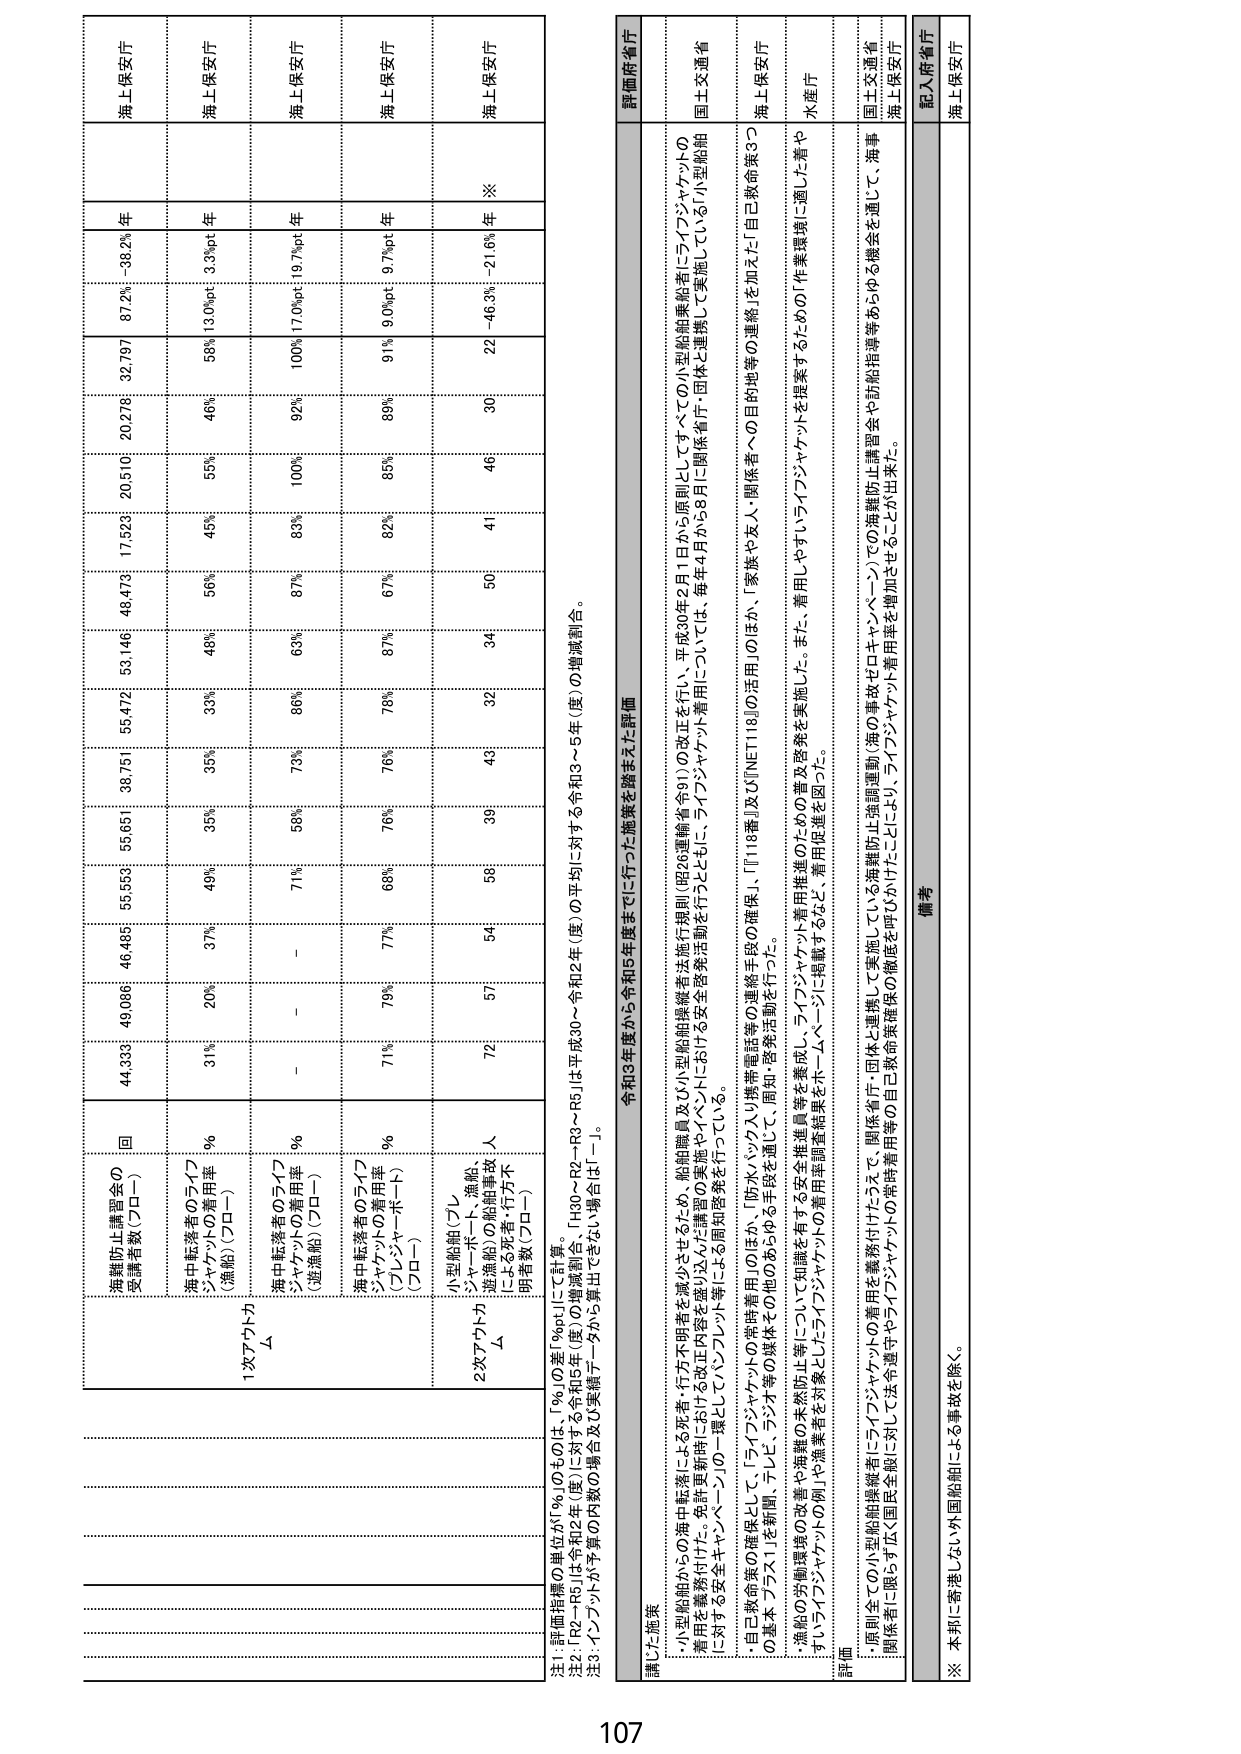
海上保安庁
海上保安庁
海上保安庁
海上保安庁
海上保安庁

海難防止講習会の
受講者数（プロー）
回
44,339
49,086
46,485
55,559
55,651
38,751
55,472
53,146
48,473
17,523
20,510
20,278
32,797
87.2%
-38.2%
年

海中転落者のライフ
ジャケットの着用率
%
（漁船）（プロー）
31%
20%
37%
49%
35%
35%
33%
48%
56%
45%
55%
46%
58%
13.0%pt
3.3%pt
年

1次アケルト
Δ
海中転落者のライフ
ジャケットの着用率
%
（遊漁船）（プロー）
-
-
71%
58%
73%
86%
63%
87%
83%
100%
92%
100%
17.0%pt
19.7%pt
年

海中転落者のライフ
ジャケットの着用率
%
（プレジャーボート）
（プロー）
71%
79%
77%
68%
76%
78%
87%
67%
82%
85%
89%
91%
9.0%pt
8.7%pt
年

2次アケルト
Δ
小型船舶（プレ
ジャーボート、漁船、
遊漁船）の転落事故
（上陸者・行方不
明者数（プロー）
人
72
57
54
58
39
43
32
34
50
41
46
30
22
-46.3%
-21.6%
年
※

注1：評価指標の単位が「%」のものは、「%」の差「%pt」にて計算。
注2：R2～R5は令和2年（度）に対する令和3年（度）の増減割合、「H30～R2・R3～R5」は平成30～令和2年（度）の平均に対する令和3～5年（度）の増減割合。
注3：インフラが予算の内数及び実績データから算出できていない場合は「－」。

評価府省庁
講じた施策
令和3年度から令和5年度までに行った施策を踏まえた評価
・小型船舶からの海中転落による死者・行方不明者を減少させるため、船舶職員及び小型船舶操縦者実施行動規則（昭26運輸省令91）の改正を行い、平成30年2月1日から原則としてすべての小型船舶乗船者にライフジャケットの
着用を義務付けた。免許更新時に改訂内容を盛り込む講習の実施やイベントにおける安全啓発活動を行うとともに、ライフジャケット着用については、毎年4月から5月に関係省庁・団体と連携して実施している小型船舶
に対する安全キャンペーン「10一課2L（ハツルンケン）」に掲載するなど、周知・啓発活動を行っている。
・自殺抑止策の確保として、「ライフジャケットの常時着用」のほか、「防水・ツクスリ携帯電話等の連絡手段の確保」、「118番」及び「INET118の活用」のほか、「家族や友人・関係者への目的地等の連絡」を加えた「自殺抑止策3つ
の基本 プラス1」を新聞、テレビ、ラジオ等の媒体その他のあらゆる手段を通じて、周知・啓発活動を行った。
・漁船の労働環境の改善や海難の未然防止について知識を有する安全推進員等を養成し、ライフジャケット着用推進のための普及啓発を実施した。また、着用しやすいライフジャケットを提案するための作業環境に適した青や
すいライフジャケットの例や漁業者を対象としたライフジャケットの着用率調査結果をホームページに掲載するなど、着用促進を図った。
評価
・原則全ての小型船舶操縦者にライフジャケットの着用を義務付けたうえで、「関係省庁・団体と連携して実施している海難防止強調週間（海の事故ゼロキャンペーン）での海難防止講習会や訪船指導等あらゆる機会を通じて、海事
関係者に限らず広く国民全般に対して法令遵守やライフジャケットの常時着用等の自己救命策確保の徹底を呼びかけたことにより、ライフジャケット着用率を増加させることができた。
備考
記入府省庁
※ 本邦に寄港しない外国船舶による事故を除く。
海上保安庁

107